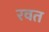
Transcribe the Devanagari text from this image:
रवत